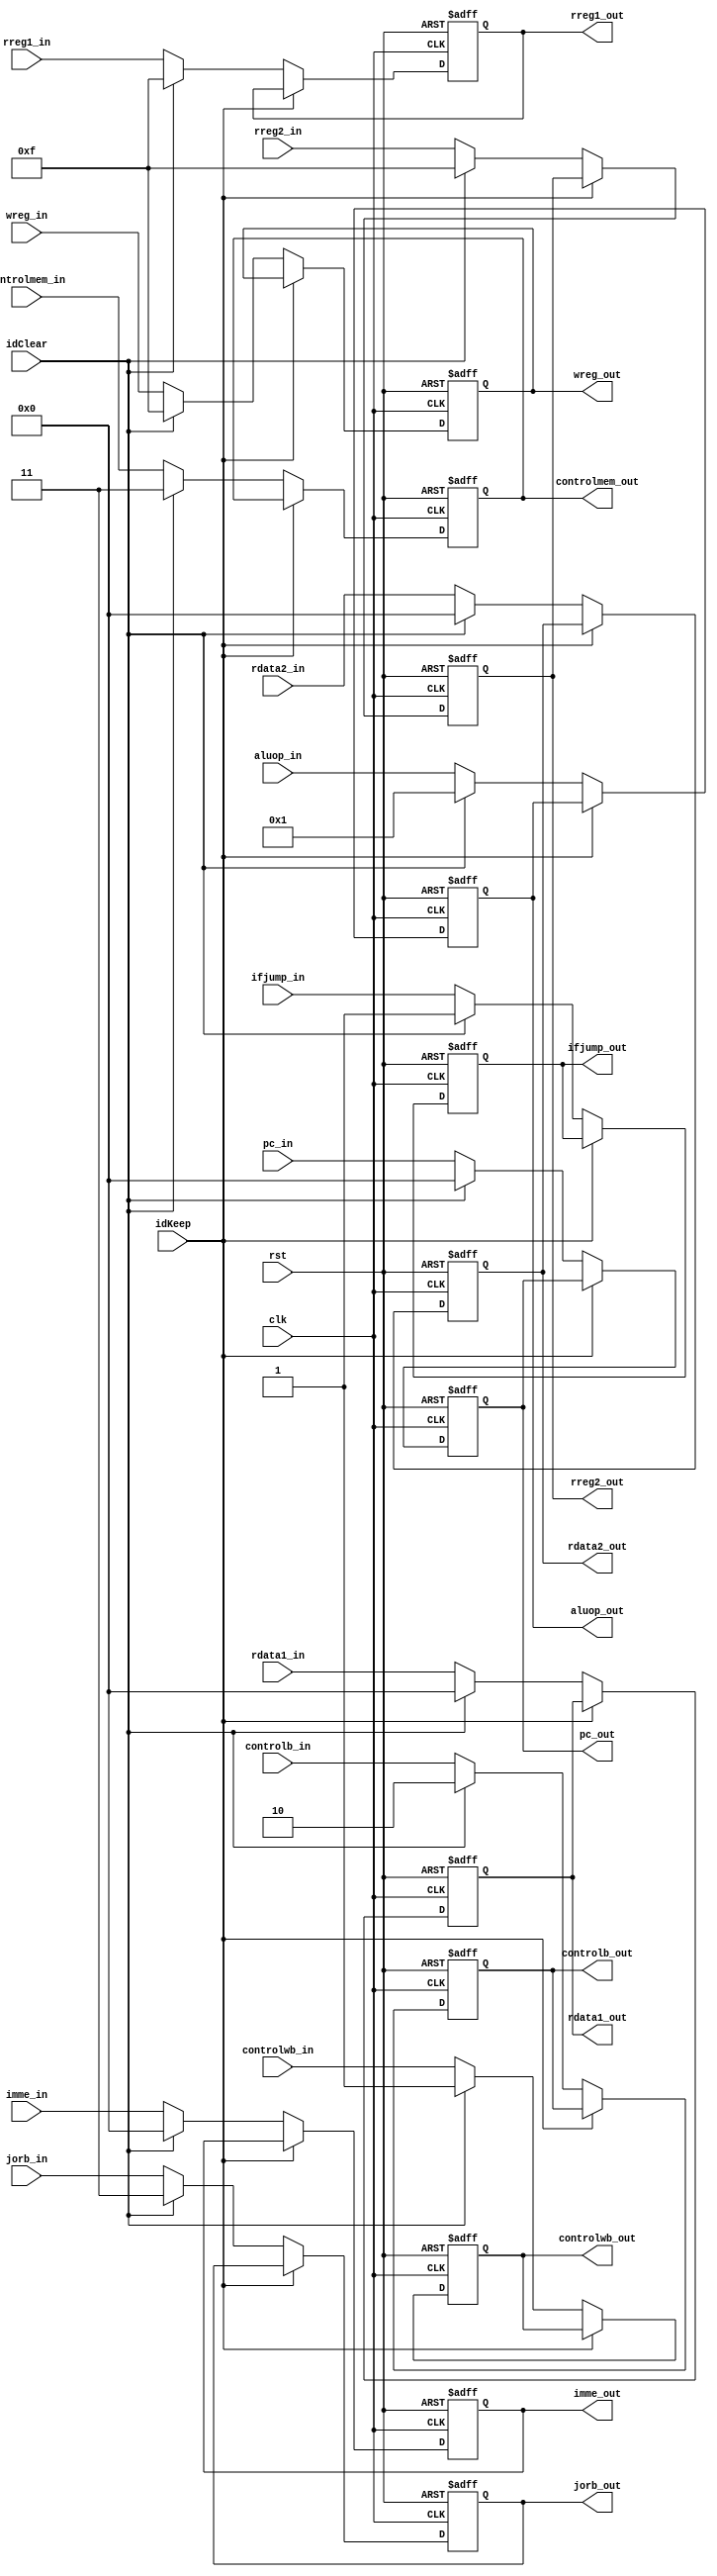
`timescale 1ns / 1ps
//////////////////////////////////////////////////////////////////////////////////
// Company: 
// Engineer: 
// 
// Design Name: 
// Module Name:    id_exe 
// Project Name: 
// Target Devices: 
// Tool versions: 
// Description: 
//
// Dependencies: 
//
// Revision: 
// Revision 0.01 - File Created
// Additional Comments: 
//
//////////////////////////////////////////////////////////////////////////////////
module id_exe(
	input rst,
    input clk,
    input idClear,
    input idKeep,
    input [15:0] rdata1_in,
    input [15:0] rdata2_in,
    input [15:0] imme_in,
    input [3:0] wreg_in,
    input [3:0] rreg1_in,
    input [3:0] rreg2_in,
    input [15:0] pc_in,
    input [3:0] aluop_in,
    input [1:0] controlb_in,
    input ifjump_in,
    input [1:0] jorb_in,
    input [1:0] controlmem_in,
    input controlwb_in,
    output reg [15:0] rdata1_out,
    output reg [15:0] rdata2_out,
    output reg [15:0] imme_out,
    output reg[3:0] wreg_out,
    output reg [3:0] rreg1_out,
    output reg [3:0] rreg2_out,
    output reg [15:0] pc_out,
    output reg [3:0] aluop_out,
    output reg [1:0] controlb_out,
    output reg ifjump_out,
    output reg [1:0] jorb_out,
    output reg [1:0] controlmem_out,
    output reg controlwb_out
    );

always @ (negedge rst or negedge clk) begin
    if (rst == 0) begin
			wreg_out <= 4'b1111;
			controlmem_out <= 4'b11;
			rreg1_out <= 4'b1111;
			rreg2_out <= 4'b1111;
			rdata1_out <= 16'b0000000000000000;
			rdata2_out <= 16'b0000000000000000;
			imme_out <= 16'b0000000000000000;
			aluop_out <= 4'b0001;
			controlb_out <= 2'b10;
			ifjump_out <= 1;
			jorb_out <= 2'b11;
			controlwb_out <= 1;
			pc_out <= 0;
	 end
	 else if(idKeep == 1) begin
	 end
	 else begin
		 if(idClear != 1) begin//if(idClear !== 1) begin
			  wreg_out <= wreg_in;
			  controlmem_out <= controlmem_in;
			 rreg1_out <= rreg1_in;
			 rreg2_out <= rreg2_in;
			 rdata1_out <= rdata1_in;
			 rdata2_out <= rdata2_in;
			 imme_out <= imme_in;
			 aluop_out <= aluop_in;
			 controlb_out <= controlb_in;
			 ifjump_out <= ifjump_in;
			 jorb_out <= jorb_in;
			 controlwb_out <= controlwb_in;
			 pc_out <= pc_in;
		 end
		 else begin
			  wreg_out <= 4'b1111;
			  controlmem_out <= 2'b11; 
			  rreg1_out <= 4'b1111;
				rreg2_out <= 4'b1111;
				rdata1_out <= 16'b0000000000000000;
				rdata2_out <= 16'b0000000000000000;
				imme_out <= 16'b0000000000000000;
				aluop_out <= 4'b0001;
				controlb_out <= 2'b10;
				ifjump_out <= 1;
				jorb_out <= 2'b11;
				controlwb_out <= 1;
				pc_out <= 0;
		end
	 end
end
endmodule